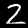
Label: 2